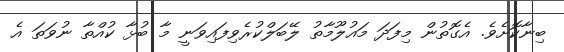
ބިނާކޮށެވެ. އެގޮތުން މިފަދަ މައުލޫމާތު ލޭބަލްކުރެވިފައިވަނީ މާ ބުޅާ ކުއްތާ ނުވަތަ އެ